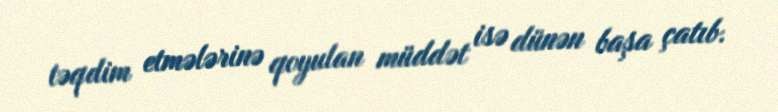
təqdim etmələrinə qoyulan müddət isə dünən başa çatıb.